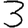
Digit: 3